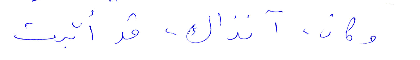
وكان، آنذاك، قد أبّرت